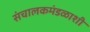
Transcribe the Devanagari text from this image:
संचालकमंडळाशी